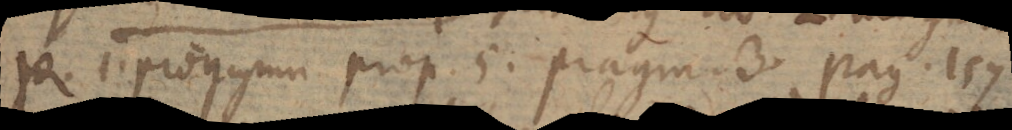
per 1. progymn. prop. 5. pragm. 3. pag. 157